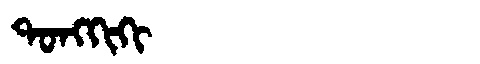
Manchu: ᡨᠣᠩᡴᡳᡴᡳ
Romanization: TONGKIKI